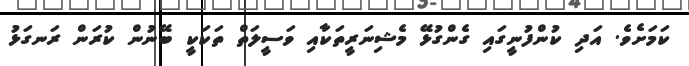
ކަމަށެވެ. އަދި ކުންފުނީގައި ގެންގުޅޭ މެޝިނަރީތަކާއި ވަސީލަތް ތަކަކީ ބޭނުން ކުރަން ރަނގަޅު